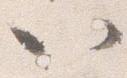
以